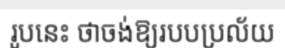
រូបនេះ ថាចង់ឱ្យរបបប្រល័យ